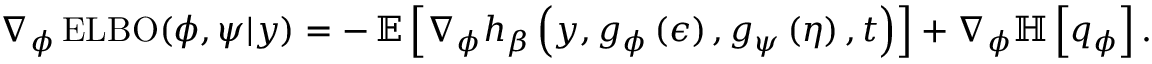
\nabla _ { \phi } \operatorname { E L B O } ( \phi , \psi \vert y ) = - \operatorname { \mathbb { E } } \left[ \nabla _ { \phi } h _ { \beta } \left( y , g _ { \phi } \left( \epsilon \right) , g _ { \psi } \left( \eta \right) , t \right) \right] + \nabla _ { \phi } \mathbb { H } \left[ q _ { \phi } \right] .